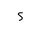
Letter: _hamza